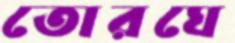
তোরঘে